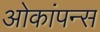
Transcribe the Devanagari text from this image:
ओकांपन्स